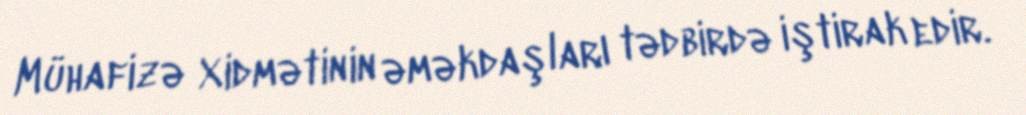
Mühafizə Xidmətinin əməkdaşları tədbirdə iştirak edir.